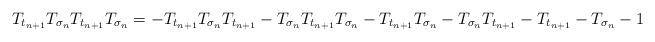
LaTeX: \begin{align*}T_{t_{n+1}}T_{\sigma_{n}}T_{t_{n+1}} T_{\sigma_{n}}= - T_{t_{n+1}}T_{\sigma_{n}}T_{t_{n+1}} -T_{\sigma_{n}}T_{t_{n+1}} T_{\sigma_{n}} - T_{t_{n+1}} T_{\sigma_{n}}-T_{\sigma_{n}}T_{t_{n+1}} - T_{t_{n+1}} - T_{\sigma_{n}} -1 \end{align*}